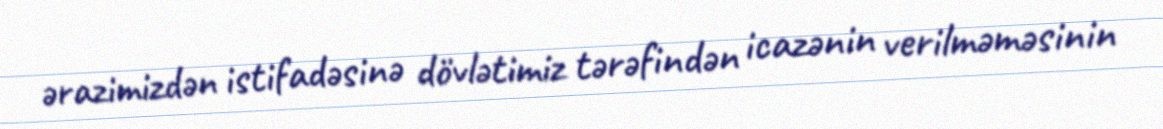
ərazimizdən istifadəsinə dövlətimiz tərəfindən icazənin verilməməsinin